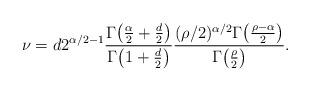
LaTeX: \begin{align*}\nu = d2^{\alpha/2-1}\frac{\Gamma\bigl(\frac{\alpha}{2} + \frac{d}{2}\bigr)}{\Gamma\bigl(1+\frac{d}{2}\bigr)}\frac{(\rho/2)^{\alpha/2}\Gamma\bigl(\frac{\rho-\alpha}{2}\bigr)}{\Gamma\bigl(\frac{\rho}{2}\bigr)}.\end{align*}